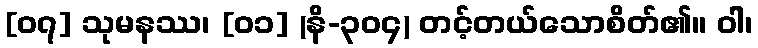
[၀၇] သုမနဿ၊ [၀၁] (နိ-၃၀၄) တင့်တယ်သောစိတ်၏။ ဝါ၊